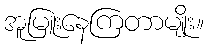
အူမြူးနေကြတာမျိုး။